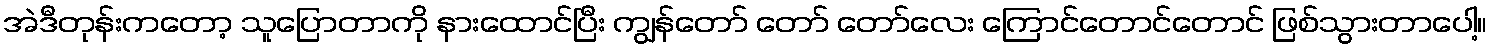
အဲဒီတုန်းကတော့ သူပြောတာကို နားထောင်ပြီး ကျွန်တော် တော် တော်လေး ကြောင်တောင်တောင် ဖြစ်သွားတာပေါ့။